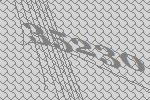
35230